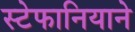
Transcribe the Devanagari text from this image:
स्टेफानियाने